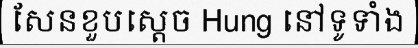
សែនខួបស្តេច Hung នៅទូទាំង